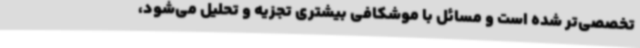
تخصصی‌تر شده است و مسائل با موشکافی بیشتری تجزیه و تحلیل می‌شود،